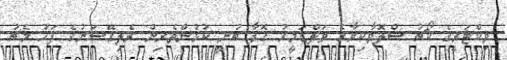
ވިކްޓަރީގެ ކޯޗު ސްލޮވާކިޔާގެ ވަލްޑަމީރު ގޮފާ ބުނީ ކުޅުންތެރިން ރެލިގޭޝަނުގެ ފަހު މެޗު